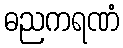
ဓညကရဏံ